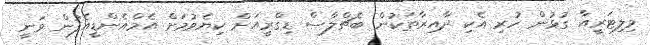
މިލިޓަރީއާ ގުޅުން ހުރި އެކި ދާއިރާތަކުން ބެޗްލާސް ޑިގްރީއަށް ކިޔެވުމަށް އެމްއެންޑީއެފުން ވަނީ